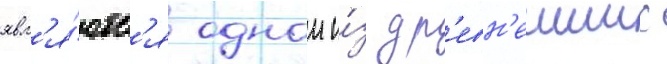
явл'я́ютс'я однои и́з др'евн'еиших